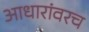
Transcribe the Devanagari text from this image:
आधारांवरच